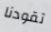
تقودنا